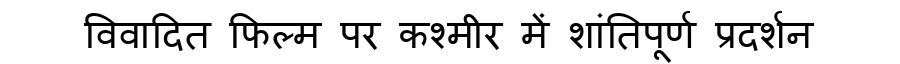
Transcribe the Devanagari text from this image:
विवादित फिल्म पर कश्मीर में शांतिपूर्ण प्रदर्शन